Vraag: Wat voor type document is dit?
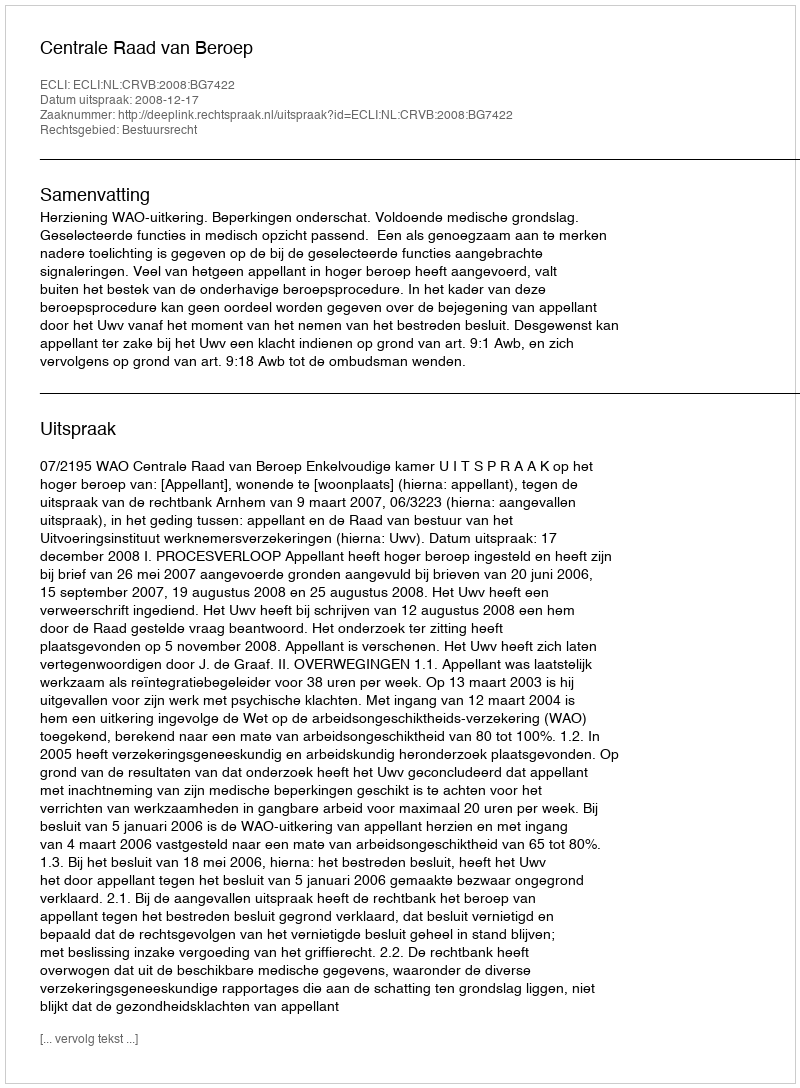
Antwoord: Uitspraak